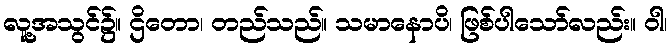
လူ့အသွင်၌။ ဌိတော၊ တည်သည်။ သမာနောပိ၊ ဖြစ်ပါသော်လည်း။ ဝါ၊